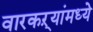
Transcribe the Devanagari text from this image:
वारकऱ्यांमध्ये